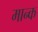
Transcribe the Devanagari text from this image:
मान्क